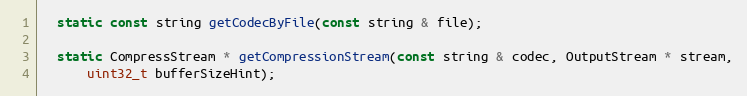
Language: C
  static const string getCodecByFile(const string & file);

  static CompressStream * getCompressionStream(const string & codec, OutputStream * stream,
      uint32_t bufferSizeHint);